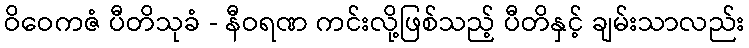
ဝိဝေကဇံ ပီတိသုခံ - နီဝရဏ ကင်းလို့ဖြစ်သည့် ပီတိနှင့် ချမ်းသာလည်း